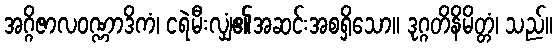
အဂ္ဂိဇာလဝဏ္ဏာဒိကံ၊ ငရဲမီးလျှံ၏အဆင်းအစရှိသော။ ဒုဂ္ဂတိနိမိတ္တံ၊ သည်။